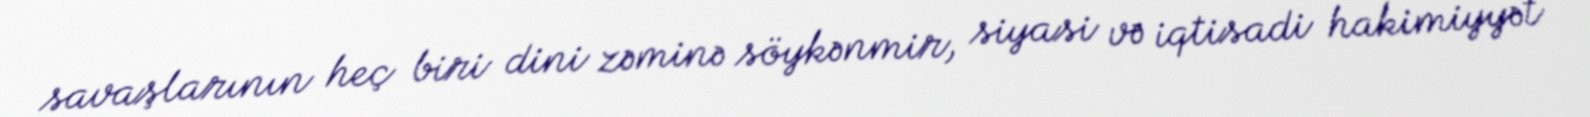
savaşlarının heç biri dini zəminə söykənmir, siyasi və iqtisadi hakimiyyət